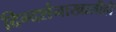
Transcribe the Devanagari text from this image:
दिग्दर्शनाखालीही